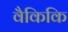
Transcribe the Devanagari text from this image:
वैकिकि